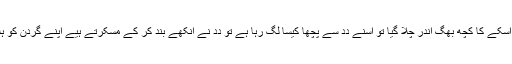
کُچھ دیر کے باد جب اُسکے کا کُچھ بھگ اَندر چلا گیا تو اُسنے دِدِ سے پُچھا کیسا لگ رہا ہے تو دِدِ نے اَنکھے بند کر کے مُسکُرتے ہُیے اَپنے گردن کو ہِلا کر ہا مے جبب دِیا۔